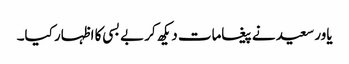
یاور سعید نے پیغامات دیکھ کر بے بسی کا اظہار کیا۔